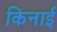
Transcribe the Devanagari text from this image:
किनाई